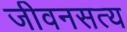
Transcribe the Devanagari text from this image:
जीवनसत्य